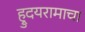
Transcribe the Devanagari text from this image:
ह्रुदयरामाचा